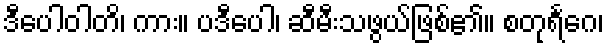
ဒီပေါဝါတိ၊ ကား။ ပဒီပေါ၊ ဆီမီးသဖွယ်ဖြစ်၏။ စတုရင်္ဂေ၊